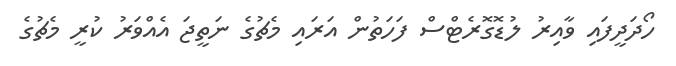
ހޯދަދީފައި ވާއިރު ލުޑޮގޮރެޓްސް ފަހަތުން އަރައި މެޗުގެ ނަތީޖަ އެއްވަރު ކުރީ މެޗުގެ